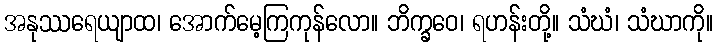
အနုဿရေယျာထ၊ အောက်မေ့ကြကုန်လော။ ဘိက္ခဝေ၊ ရဟန်းတို့။ သံဃံ၊ သံဃာကို။